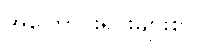
အကြောင်းရင်းများစွာ